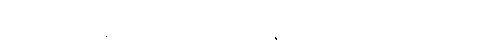
ပဋိဝိဒ္ဓါ၊ [၀၁] (နိ၊ ၃) ထိုးထွင်း၍ သိတော်မူအပ်ပြီ။ [ဤသို့ ကောင်းစွာ ထိုး၍